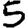
Digit: 5